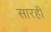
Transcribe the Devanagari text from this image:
सारही